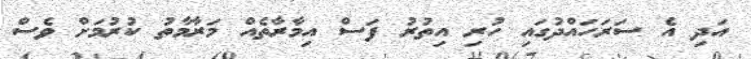
އަދި އެ ސަރަހައްދުގައި ހުރި އިތުރު ފަސް އިމާރާތެއް މަރާމާތު ކުރުމަށް ވެސް